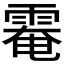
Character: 𩃗